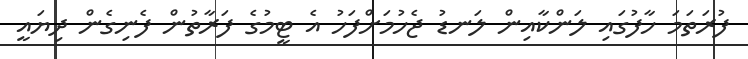
ފުރަތަމަ ހާފުގައި ލަންކާއިން ލަނޑު ޖެހުމަށްފަހު އެ ޓީމުގެ ފަރާތުން ފެނިގެން ދިޔައީ